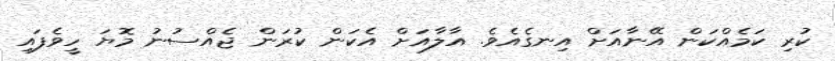
ކުރި ކަމެއްކަން އޭނާއަށް އިނގެއެވެ. އާލާއަށް އެކަން ކުރަން ޖެއްސުނު މޮޔަ ހީވެފައި